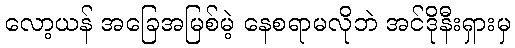
လော့ယန် အခြေအမြစ်မဲ့ နေစရာမလိုဘဲ အင်ဒိုနီးရှားမှ